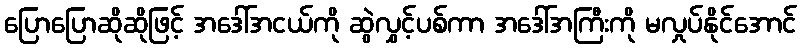
ပြောပြောဆိုဆိုဖြင့် အဒေါ်အငယ်ကို ဆွဲလွှင့်ပစ်ကာ အဒေါ်အကြီးကို မလှုပ်နိုင်အောင်